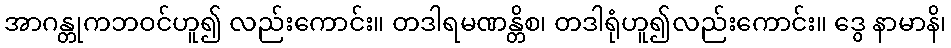
အာဂန္တုကဘဝင်ဟူ၍ လည်းကောင်း။ တဒါရမဏန္တိစ၊ တဒါရုံဟူ၍လည်းကောင်း။ ဒွေ နာမာနိ၊